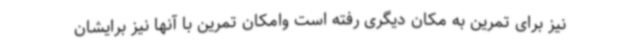
نیز برای تمرین به مکان دیگری رفته است وامکان تمرین با آنها نیز برایشان